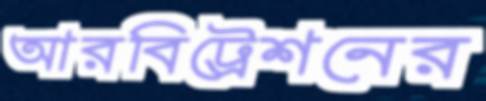
আরবিট্রেশনের